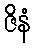
ဇိနံ